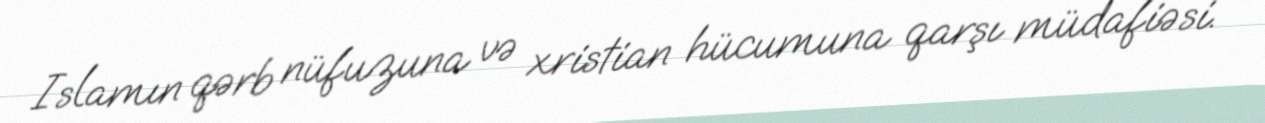
Islamın qərb nüfuzuna və xristian hücumuna qarşı müdafiəsi.